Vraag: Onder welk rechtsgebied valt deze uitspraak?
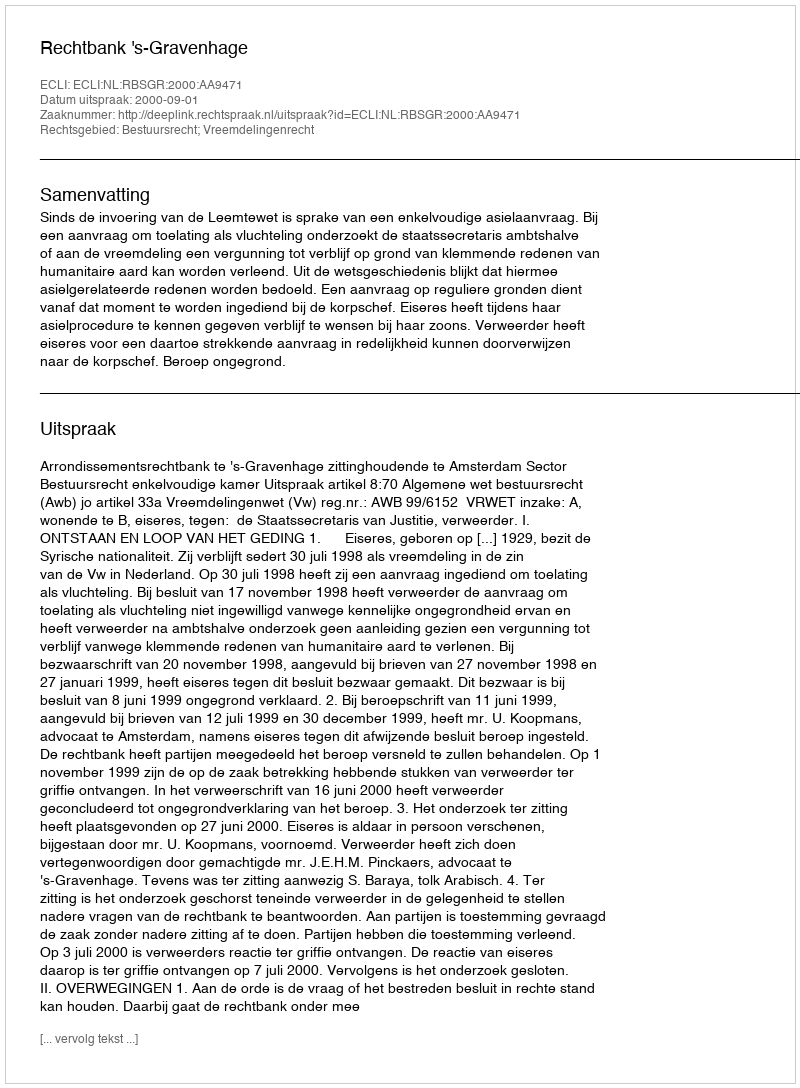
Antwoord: Bestuursrecht; Vreemdelingenrecht